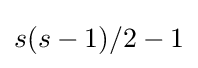
s(s-1)/2-1